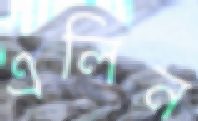
এলিন